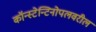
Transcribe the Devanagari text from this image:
कॉन्स्टेन्टिनोपलवरील